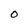
Character: O